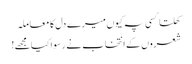
کھلتا کسی پہ کیوں میرے دل کا معاملہ
شعروں کے انتخاب نے رسوا کیا مجھے!